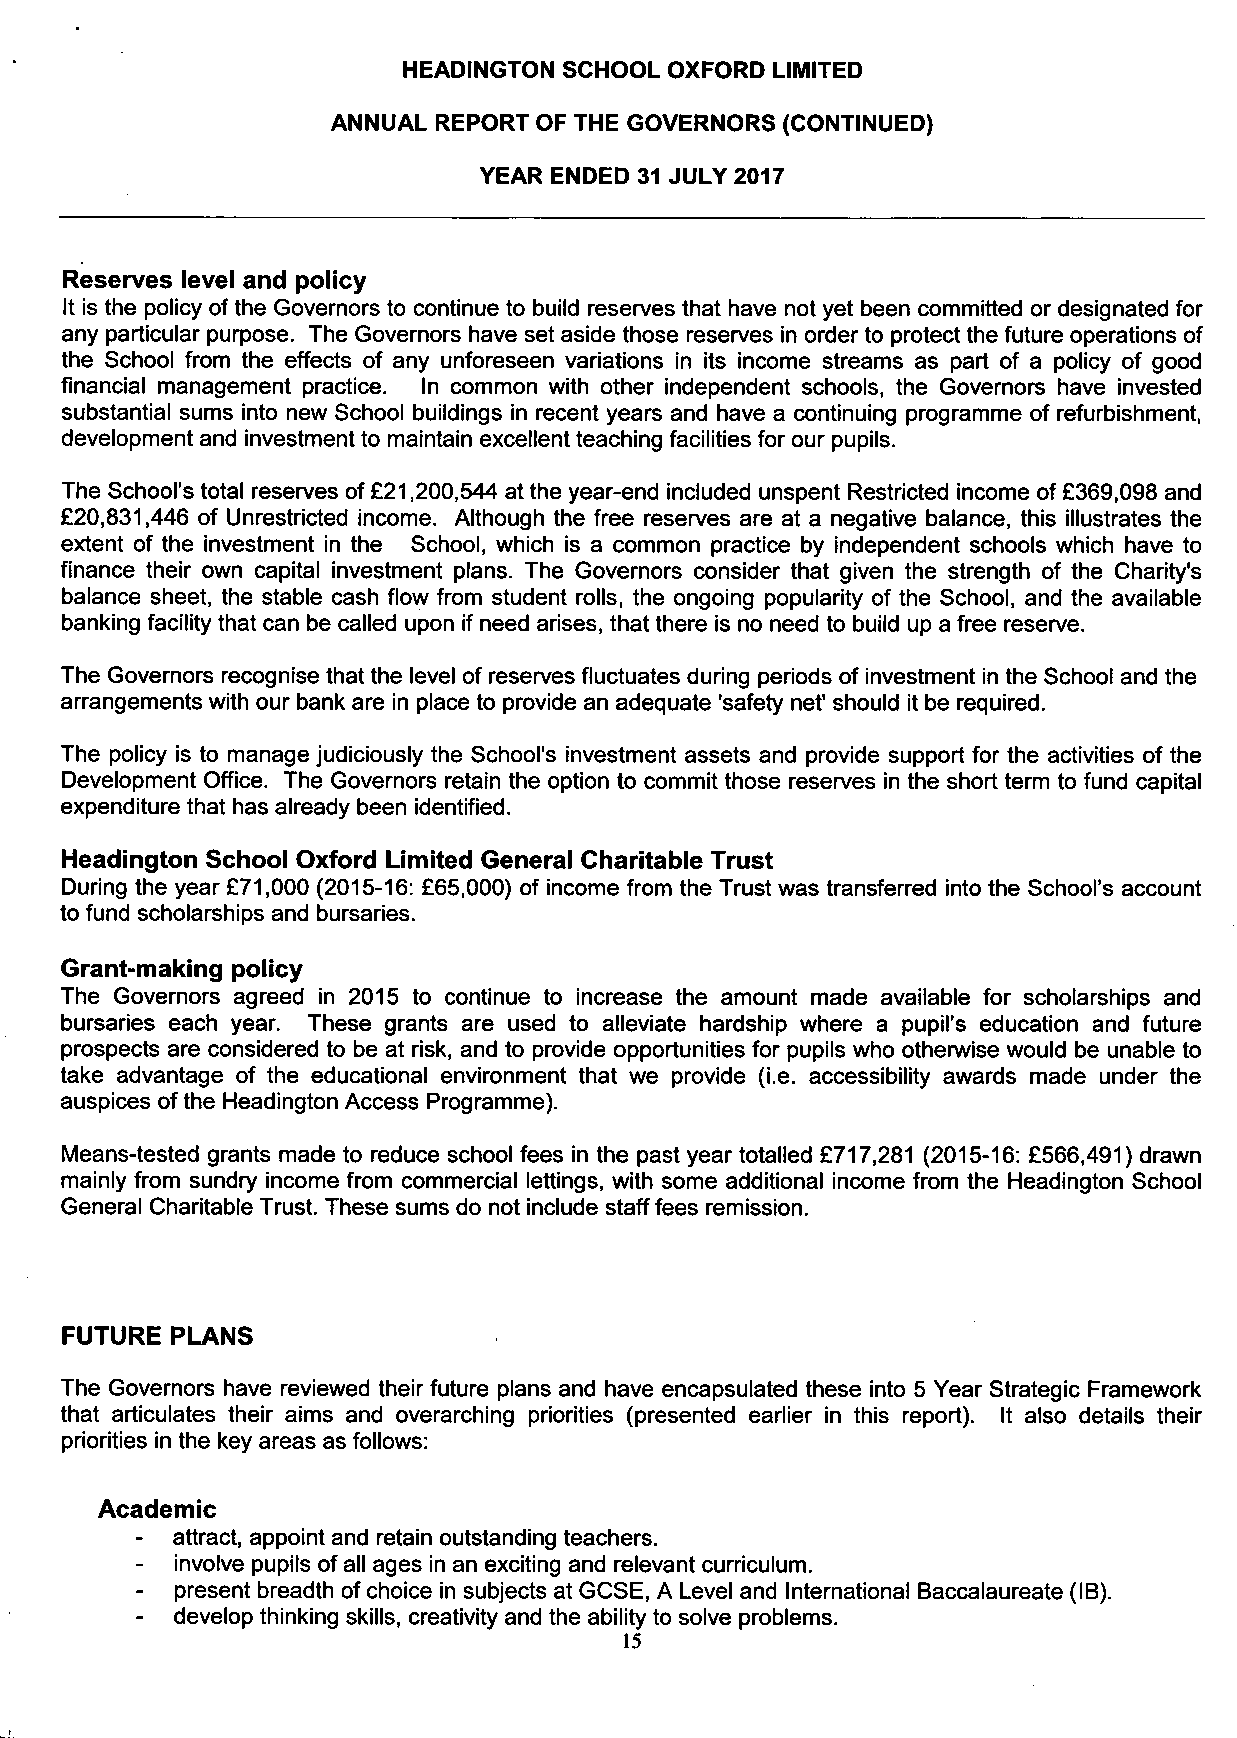
HEADINGTON SCHOOL OXFORD LIMITED
 ANNUAL REPORT OF THE GOVERNORS (CONTINUED)
 YEAR ENDED 31 JULY 2017
 Reserves level and policy
 It is the policy of the Governors to continue to build reserves that have not yet been committed or designated for
 any particular purpose. The Governors have set aside those reserves in order to protect the future operations of
 the School from the effects of any unforeseen variations in its income streams as part of a policy of good
 financial management practice. In common with other independent schools, the Governors have invested
 substantial sums into new School buildings in recent years and have a continuing programme of refurbishment,
 development and investment to maintain excellent teaching facilities for our pupils.
 The School's total reserves of £21,200,544 at the year-end included unspent Restricted income of £369,098 and
 £20,831,446 of Unrestricted income. Although the free reserves are at a negative balance, this illustrates the
 extent of the investment in the School, which is a common practice by independent schools which have to
 finance their own capital investment plans. The Governors consider that given the strength of the Charity's
 balance sheet, the stable cash flow from student rolls, the ongoing popularity of the School, and the available
 banking facility that can be called upon if need arises, that there is no need to build up a free reserve.
 The Governors recognise that the level of reserves fluctuates during periods of investment in the School and the
 arrangements with our bank are in place to provide an adequate 'safety net' should it be required.
 The policy is to manage judiciously the School's investment assets and provide support for the activities of the
 Development Office. The Governors retain the option to commit those reserves in the short term to fund capital
 expenditure that has already been identified.
 Headington School Oxford Limited General Charitable Trust
 During the year £71,000 (2015-16: £65,000) of income from the Trust was transferred into the School's account
 to fund scholarships and bursaries.
 Grant-making policy
 The Governors agreed in 2015 to continue to increase the amount made available for scholarships and
 bursaries each year. These grants are used to alleviate hardship where a pupil's education and future
 prospects are considered to be at risk, and to provide opportunities for pupils who otherwise would be unable to
 take advantage of the educational environment that we provide (i.e. accessibility awards made under the
 auspices of the Headington Access Programme).
 Means-tested grants made to reduce school fees in the past year totalled £717,281 (2015-16: £566,491) drawn
 mainly from sundry income from commercial lettings, with some additional income from the Headington School
 General Charitable Trust. These sums do not include staff fees remission.
 FUTURE PLANS
 The Governors have reviewed their future plans and have encapsulated these into 5 Year Strategic Framework
 that articulates their aims and overarching priorities (presented earlier in this report). It also details their
 priorities in the key areas as follows:
 Academic
 -  attract, appoint and retain outstanding teachers.
 involve pupils of all ages in an exciting and relevant curriculum.
 -  present breadth of choice in subjects at GCSE, A Level and International Baccalaureate (IB).
 -  develop thinking skills, creativity and the ability to solve problems.
 15